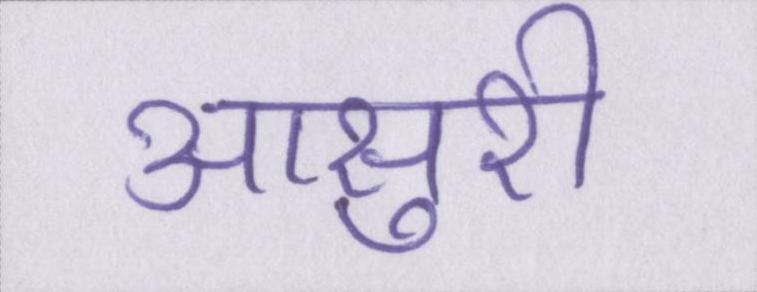
आसुरी